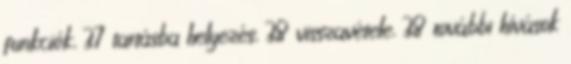
funkciók, 37 tartásba helyezés, 38 visszavétele, 38 további hívások